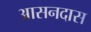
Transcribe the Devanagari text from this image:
आसनदास